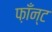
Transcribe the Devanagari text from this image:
फ़ाँन्ट